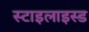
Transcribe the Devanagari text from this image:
स्टाइलाइस्ड